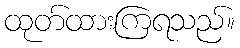
ထုတ်ထားကြရသည်။